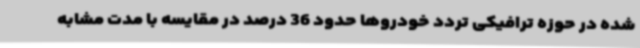
شده در حوزه ترافیکی تردد خودروها حدود 36 درصد در مقایسه با مدت مشابه